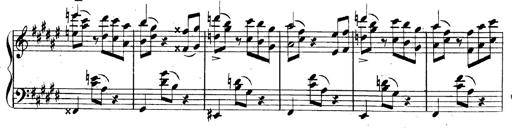
Title: 3 Caprices-Valses
Composer: Franz Liszt